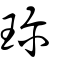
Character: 珍